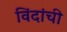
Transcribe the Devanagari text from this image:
विंदांची